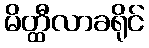
မိတ္ထီလာခရိုင်